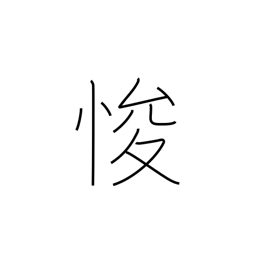
Meaning: amend